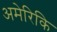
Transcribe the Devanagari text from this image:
अमेरिकि